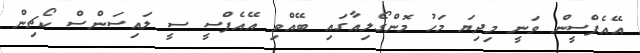
އޭއެފްސީން ވަނީ މިދިޔަ މަހު މޮންގޯލިއާގައި ބޭއްވި އޭއެފްސީ ސީ ލައިސަންސް ކޯޗިން